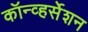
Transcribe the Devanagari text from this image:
कॉन्व्हर्सेशन